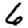
Digit: 6